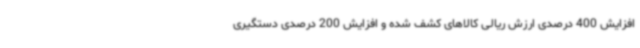
افزایش 400 درصدی ارزش ریالی کالاهای کشف شده و افزایش 200 درصدی دستگیری